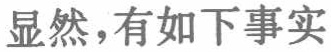
显然，有如下事实